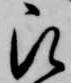
被